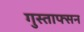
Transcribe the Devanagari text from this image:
गुस्ताफ्सन